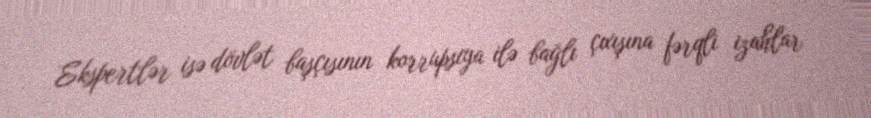
Ekspertlər isə dövlət başçısının korrupsiya ilə bağlı çıxışına fərqli izahlar